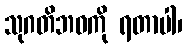
သုဂတိဘဝကို ရတာပါ၊